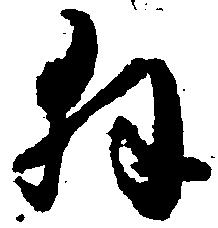
拝